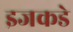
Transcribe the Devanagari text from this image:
इजकडे